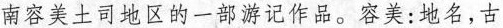
南容美土司地区的一部游记作品。容美：地名，古